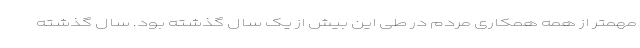
مهمتر از همه همکاری مردم در طی این بیش از یک سال گذشته بود. سال گذشته